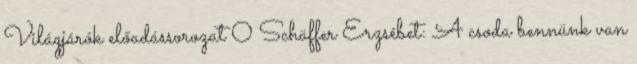
Világjárók előadássorozat 0 Schäffer Erzsébet: A csoda bennünk van